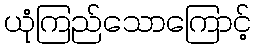
ယုံကြည်သောကြောင့်